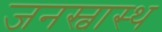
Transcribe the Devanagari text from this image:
जनस्वास्थ